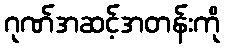
ဂုဏ်အဆင့်အတန်းကို